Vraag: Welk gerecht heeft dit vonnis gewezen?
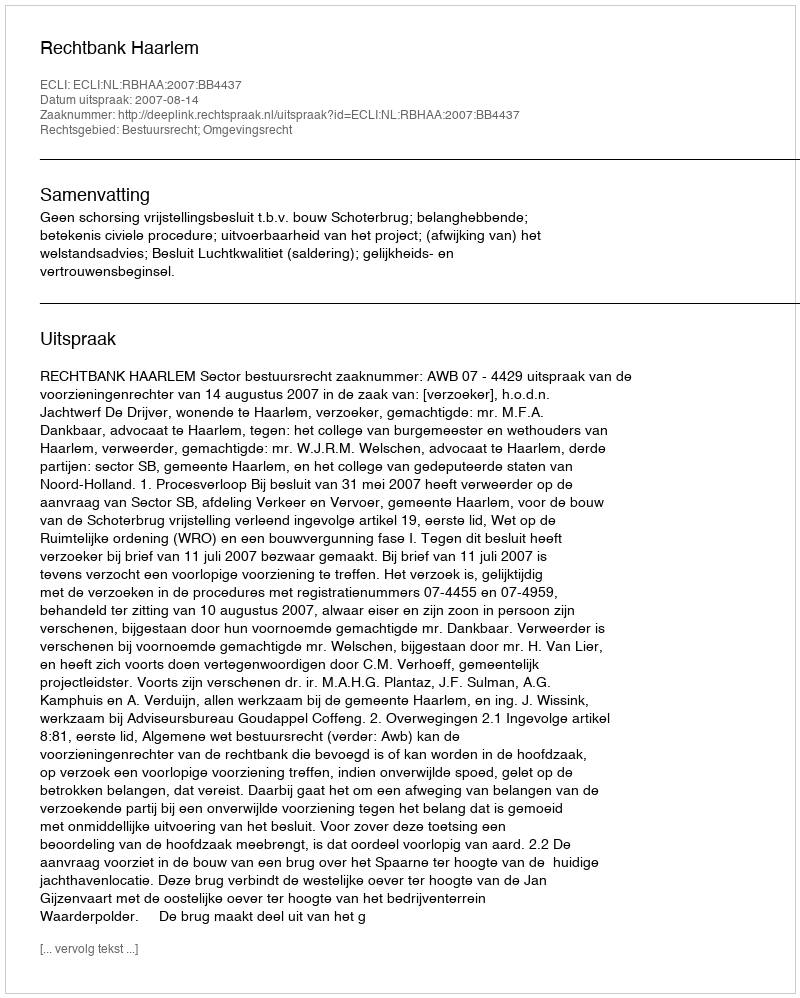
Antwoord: Rechtbank Haarlem